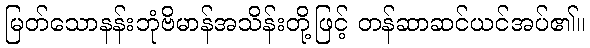
မြတ်သောနန်းဘုံဗိမာန်အသိန်းတို့ဖြင့် တန်ဆာဆင်ယင်အပ်၏။